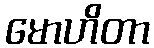
မောဟိတာ